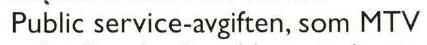
Public service-avgiften, som MTV